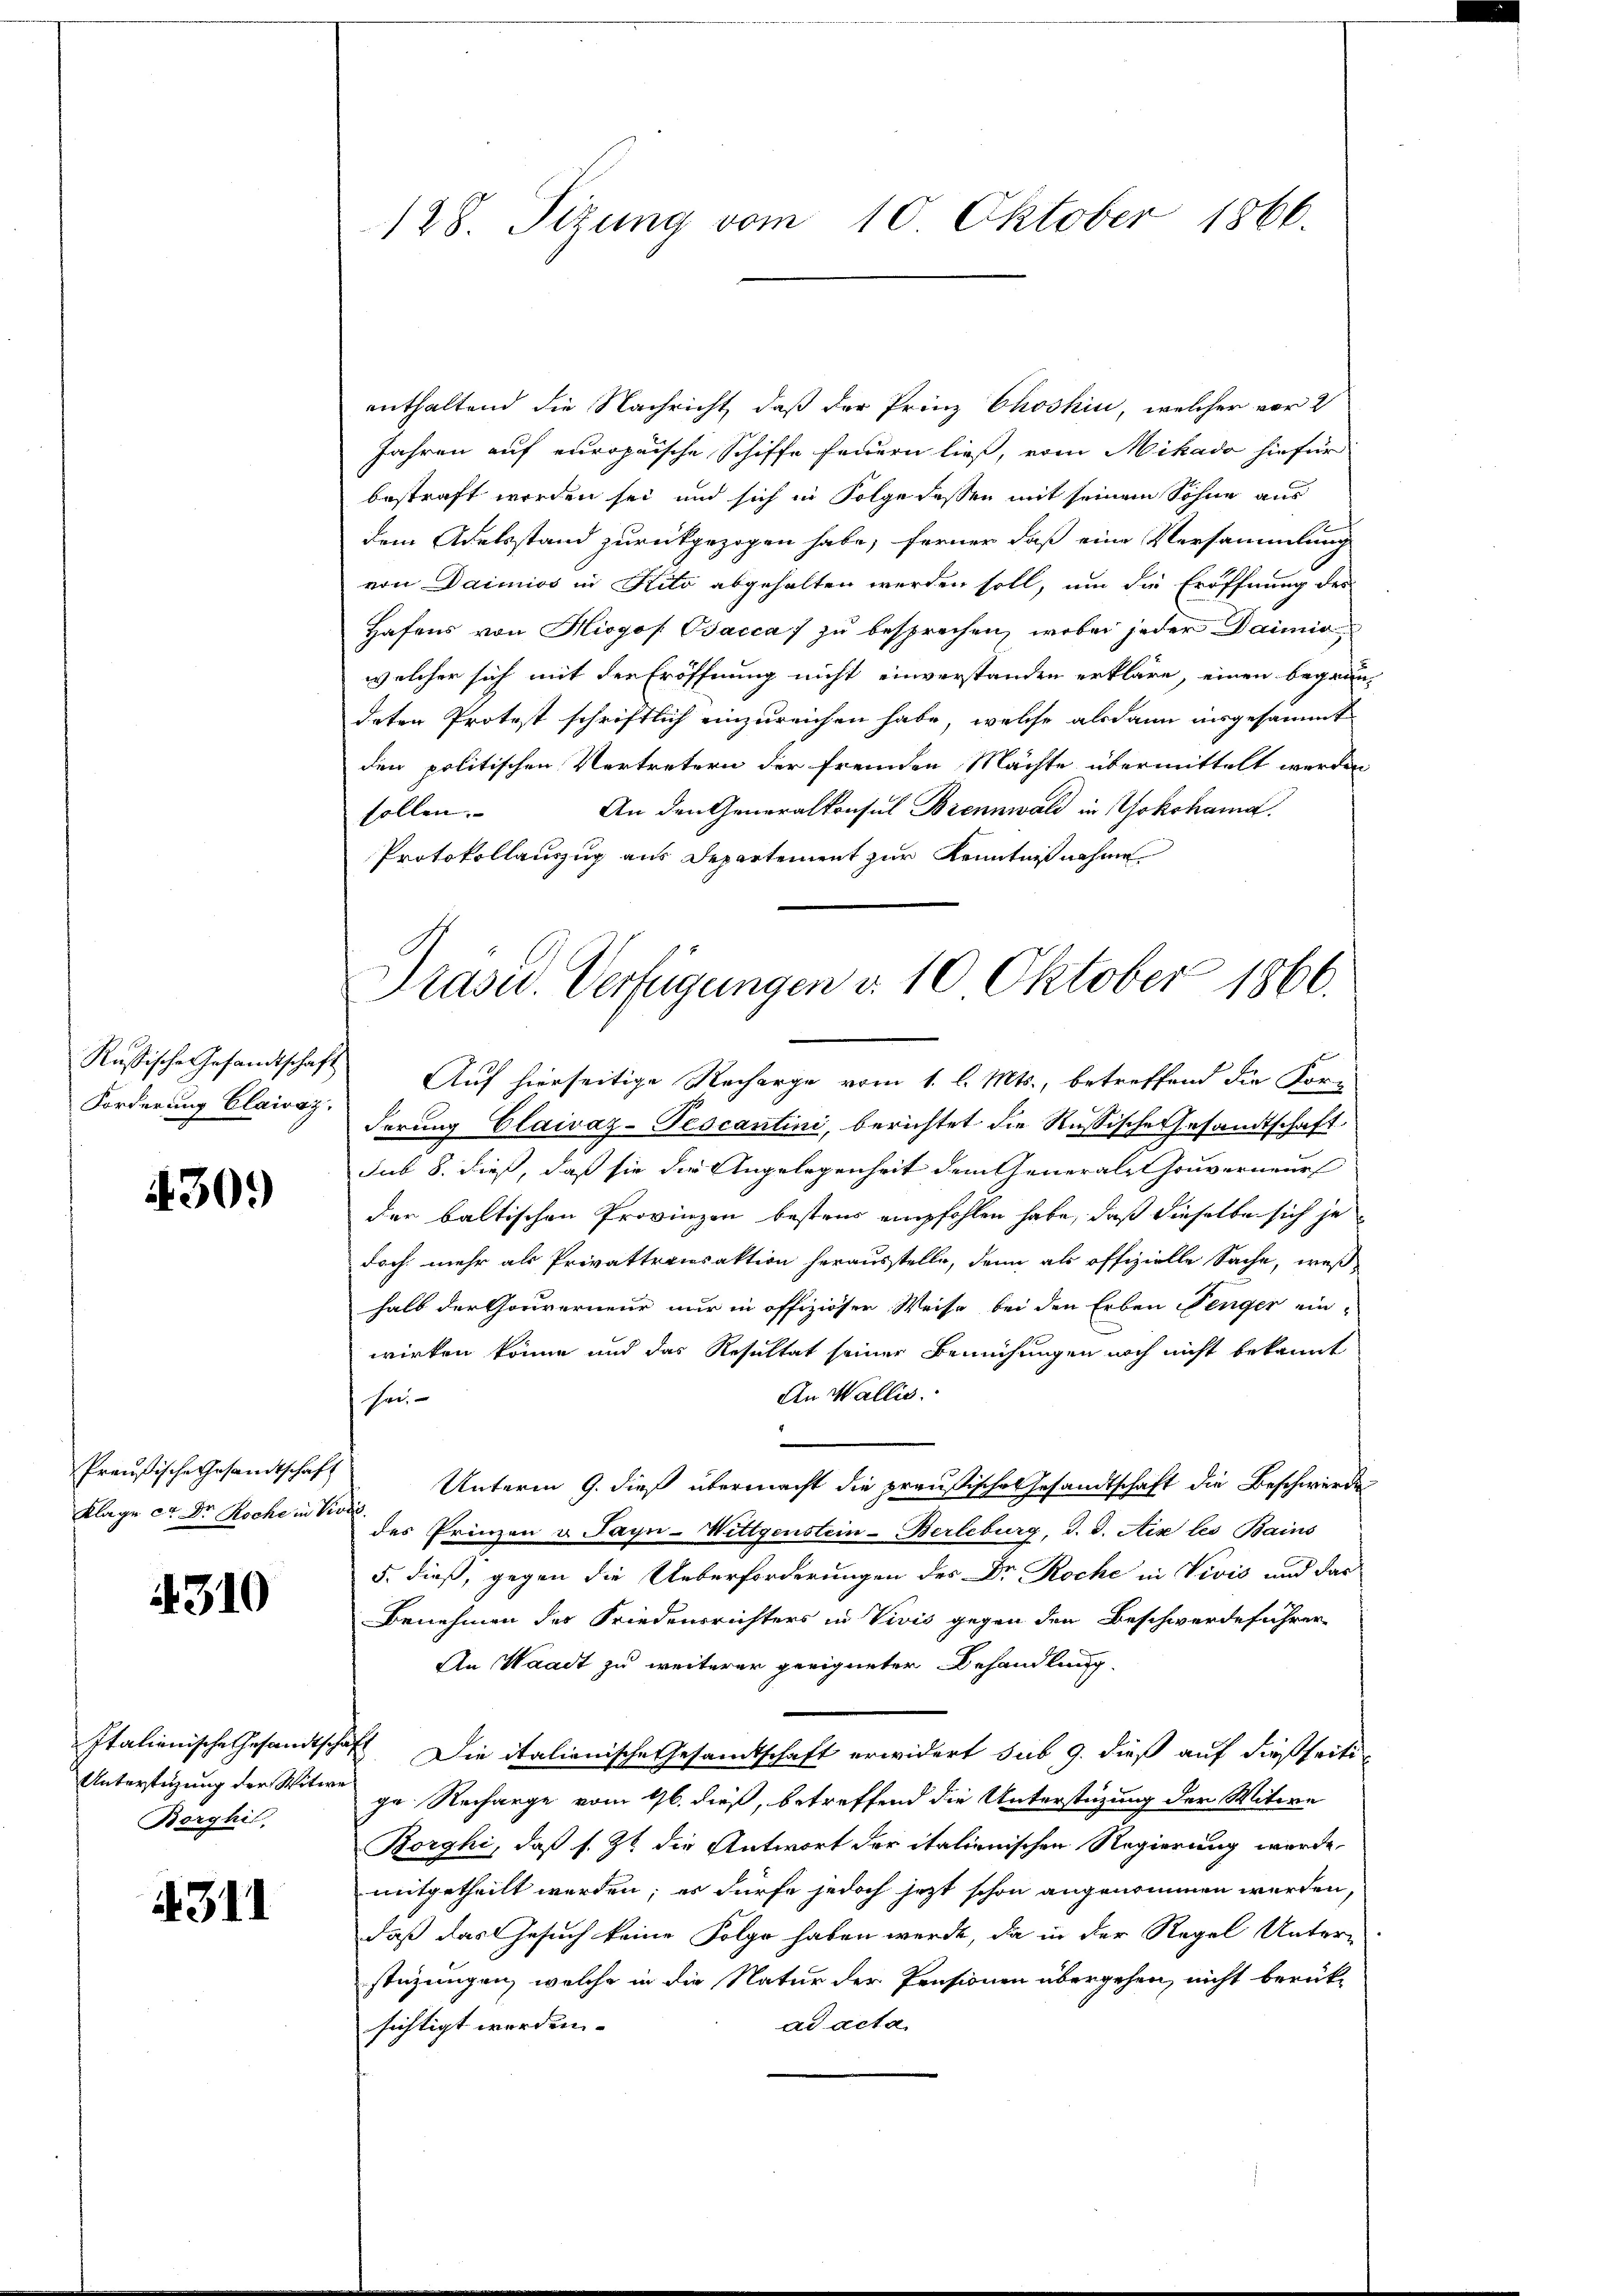
Forderung Clairaz.

430.

Preußische Gesandtschaft
Klage et Dr Roche in Visi

4310

Unterstüzung der Witwe
Borghil,

4311

enthaltend die Nachricht, daß der Prinz Choshin, welcher vor 2
Jahren auf europaische Schiffe feuern ließ, vom Mikado hiefür
bestraft worden sei und sich in Folge dessen mit seinem Sohne aus
dem Adelsstand zurückgezogen habe, ferner daß eine Versammlung
von Daimios in Kito abgehalten werden soll, um die Eröffnung des
Hafens von Hiogos. Bacca) zu besprechen, wobei jeder Daimio
welcher sich mit der Eröffnung nicht einverstanden erkläre, einen begrün-
deten Protest schriftlich einzureichen habe, welche alsdann insgesammt
den politischen Vertretern der fremden Mächte übermittelt werden,
An den Generalkonsul Brennwald in Yokohama.
sollen. |
Protokollauszug aus Departement zur Kenntniß nahme
Rußische Gesamtschaft Auf hierseitige Recharge vom 1. l. Mts., betreffend die Korderung Claivaz-Pescantini, berichtet die Russische Gesandtschaft
sub 8. dieß, daß sie die Angelegenheit dem Generale Gouverneurs
der baltischen Provinzen bestens empfohlen habe, daß dieselbe sich je
doch mehr als Privattransaktion herausstelle, denn als offizielle Sache, weß
halb der Gouverneur nur in offiziöser Weise bei den Erben Tenger ein-
wirken könne und das Resultat seiner Bemühungen noch nicht bekannt
An Wallis.
sei,
Unterm 9. dieß übermacht die preußische Gesandtschaft die Beschwerde
des Prinzen u Payn-Wittgenstein-Berleburg, d. d. Aix les Bains
5. dieß, gegen die Ueberforderungen des Dr Roche in Vević und das
Benehmen des Friedensrichters in Vivis gegen den Beschwerdeführer
An Waadt zu weiterer geeigneter Behandlung
Italienische Gesandtschaft. Die italienische Gesamtschaft erwidert sub 9. dieß auf dießseitige Recharge vom 16. dieß, betreffend die Unterstüzung der Witwe
Korghi, daß s. 38 die Antwort der italienischen Regierung wurde,
mitgetheilt werden; es dürfe jedoch jetzt schon angenommen werden,
daß das Gesuch keine Folge haben werde, da in der Regel Unter-
stüzungen, welche in die Natur der Pensionen übergehen, nicht berück-
ad acta
sichtigt werden.

128. Sizung vom 10. Oktober 1866.

Präsid.. Verfügungen d. 10 Oktober 1866.